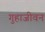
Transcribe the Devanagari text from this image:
गुहाजीवन